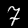
Label: 7